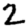
Digit: 2